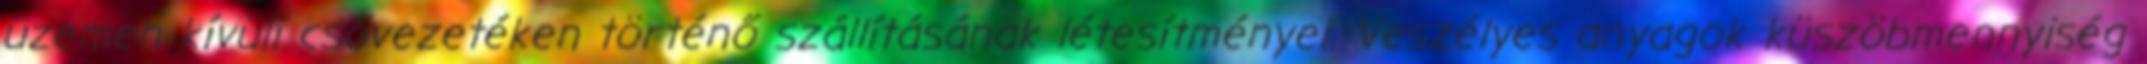
üzemen kívüli csővezetéken történő szállításának létesítményei. Veszélyes anyagok küszöbmennyiség